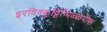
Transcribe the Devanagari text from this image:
इरविक्कुट्टिप्पिळ्ळपोरू